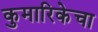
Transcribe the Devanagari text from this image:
कुमारिकेचा